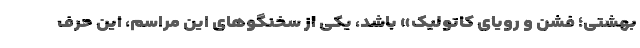
بهشتی؛ فشن و رویای کاتولیک» باشد، یکی از سخنگوهای این مراسم، این حرف